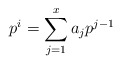
\begin{align*}p^i = \sum_{j=1}^{x} a_j p^{j-1}\end{align*}